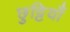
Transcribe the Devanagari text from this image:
छुट्टियाँ